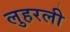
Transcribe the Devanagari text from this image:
लुहरली